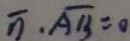
\overline { n } \cdot \overline { A B } = 0